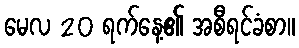
မေလ 20 ရက်နေ့၏ အစီရင်ခံစာ။